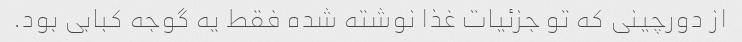
از دورچینی که تو جزئیات غذا نوشته شده فقط یه گوجه کبابی بود.